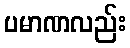
ပမာဏလည်း